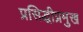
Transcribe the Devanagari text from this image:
प्रसिद्धीप्रमुख